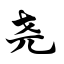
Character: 尧